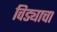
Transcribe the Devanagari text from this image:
विड्याचा